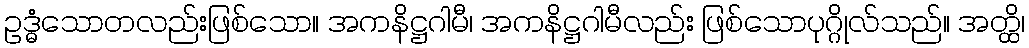
ဥဒ္ဓံသောတလည်းဖြစ်သော။ အကနိဋ္ဌဂါမီ၊ အကနိဋ္ဌဂါမီလည်း ဖြစ်သောပုဂ္ဂိုလ်သည်။ အတ္ထိ၊